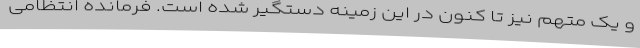
و یک متهم نیز تا کنون در این زمینه دستگیر شده است. فرمانده انتظامی